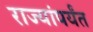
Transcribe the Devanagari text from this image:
राज्यांपर्यंत